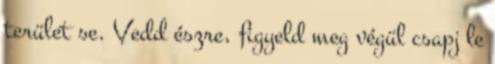
terület se. Vedd észre, figyeld meg végül csapj le